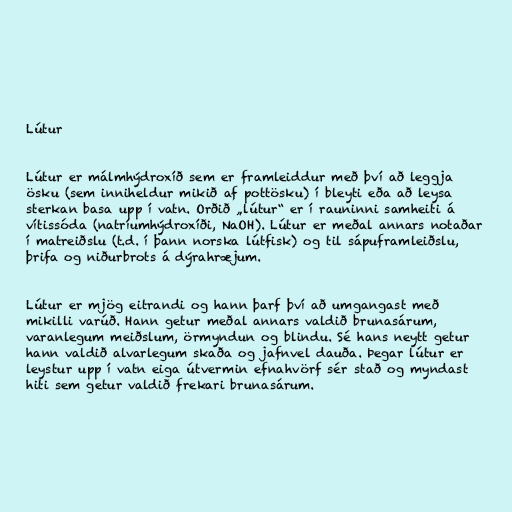
Lútur

Lútur er málmhýdroxíð sem er framleiddur með því að leggja
ösku (sem inniheldur mikið af pottösku) í bleyti eða að leysa
sterkan basa upp í vatn. Orðið „lútur“ er í rauninni samheiti á
vítissóda (natríumhýdroxíði, NaOH). Lútur er meðal annars notaðar
í matreiðslu (t.d. í þann norska lútfisk) og til sápuframleiðslu,
þrifa og niðurbrots á dýrahræjum.

Lútur er mjög eitrandi og hann þarf því að umgangast með
mikilli varúð. Hann getur meðal annars valdið brunasárum,
varanlegum meiðslum, örmyndun og blindu. Sé hans neytt getur
hann valdið alvarlegum skaða og jafnvel dauða. Þegar lútur er
leystur upp í vatn eiga útvermin efnahvörf sér stað og myndast
hiti sem getur valdið frekari brunasárum.